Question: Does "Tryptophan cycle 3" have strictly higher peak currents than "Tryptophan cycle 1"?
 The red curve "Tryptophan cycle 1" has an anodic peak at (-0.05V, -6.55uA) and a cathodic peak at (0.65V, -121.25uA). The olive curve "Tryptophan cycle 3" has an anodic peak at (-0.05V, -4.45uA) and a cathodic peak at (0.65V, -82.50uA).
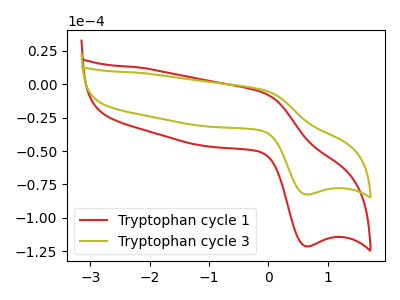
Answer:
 <answer>The peaks in "Tryptophan cycle 3" are neither all higher or all lower than the peaks in "Tryptophan cycle 1".</answer>
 <eval>mixed</eval>